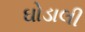
ઘોડાલી